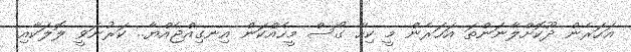
އަހަރެން ދޫކޮށްލާނަންތަ އަހަރެން މީ ކިހާ ގޯސް މީހެއްކަން އިނގިއްޖެއްޔާ.. ކަރުނަވީ ލޮލަކާއި